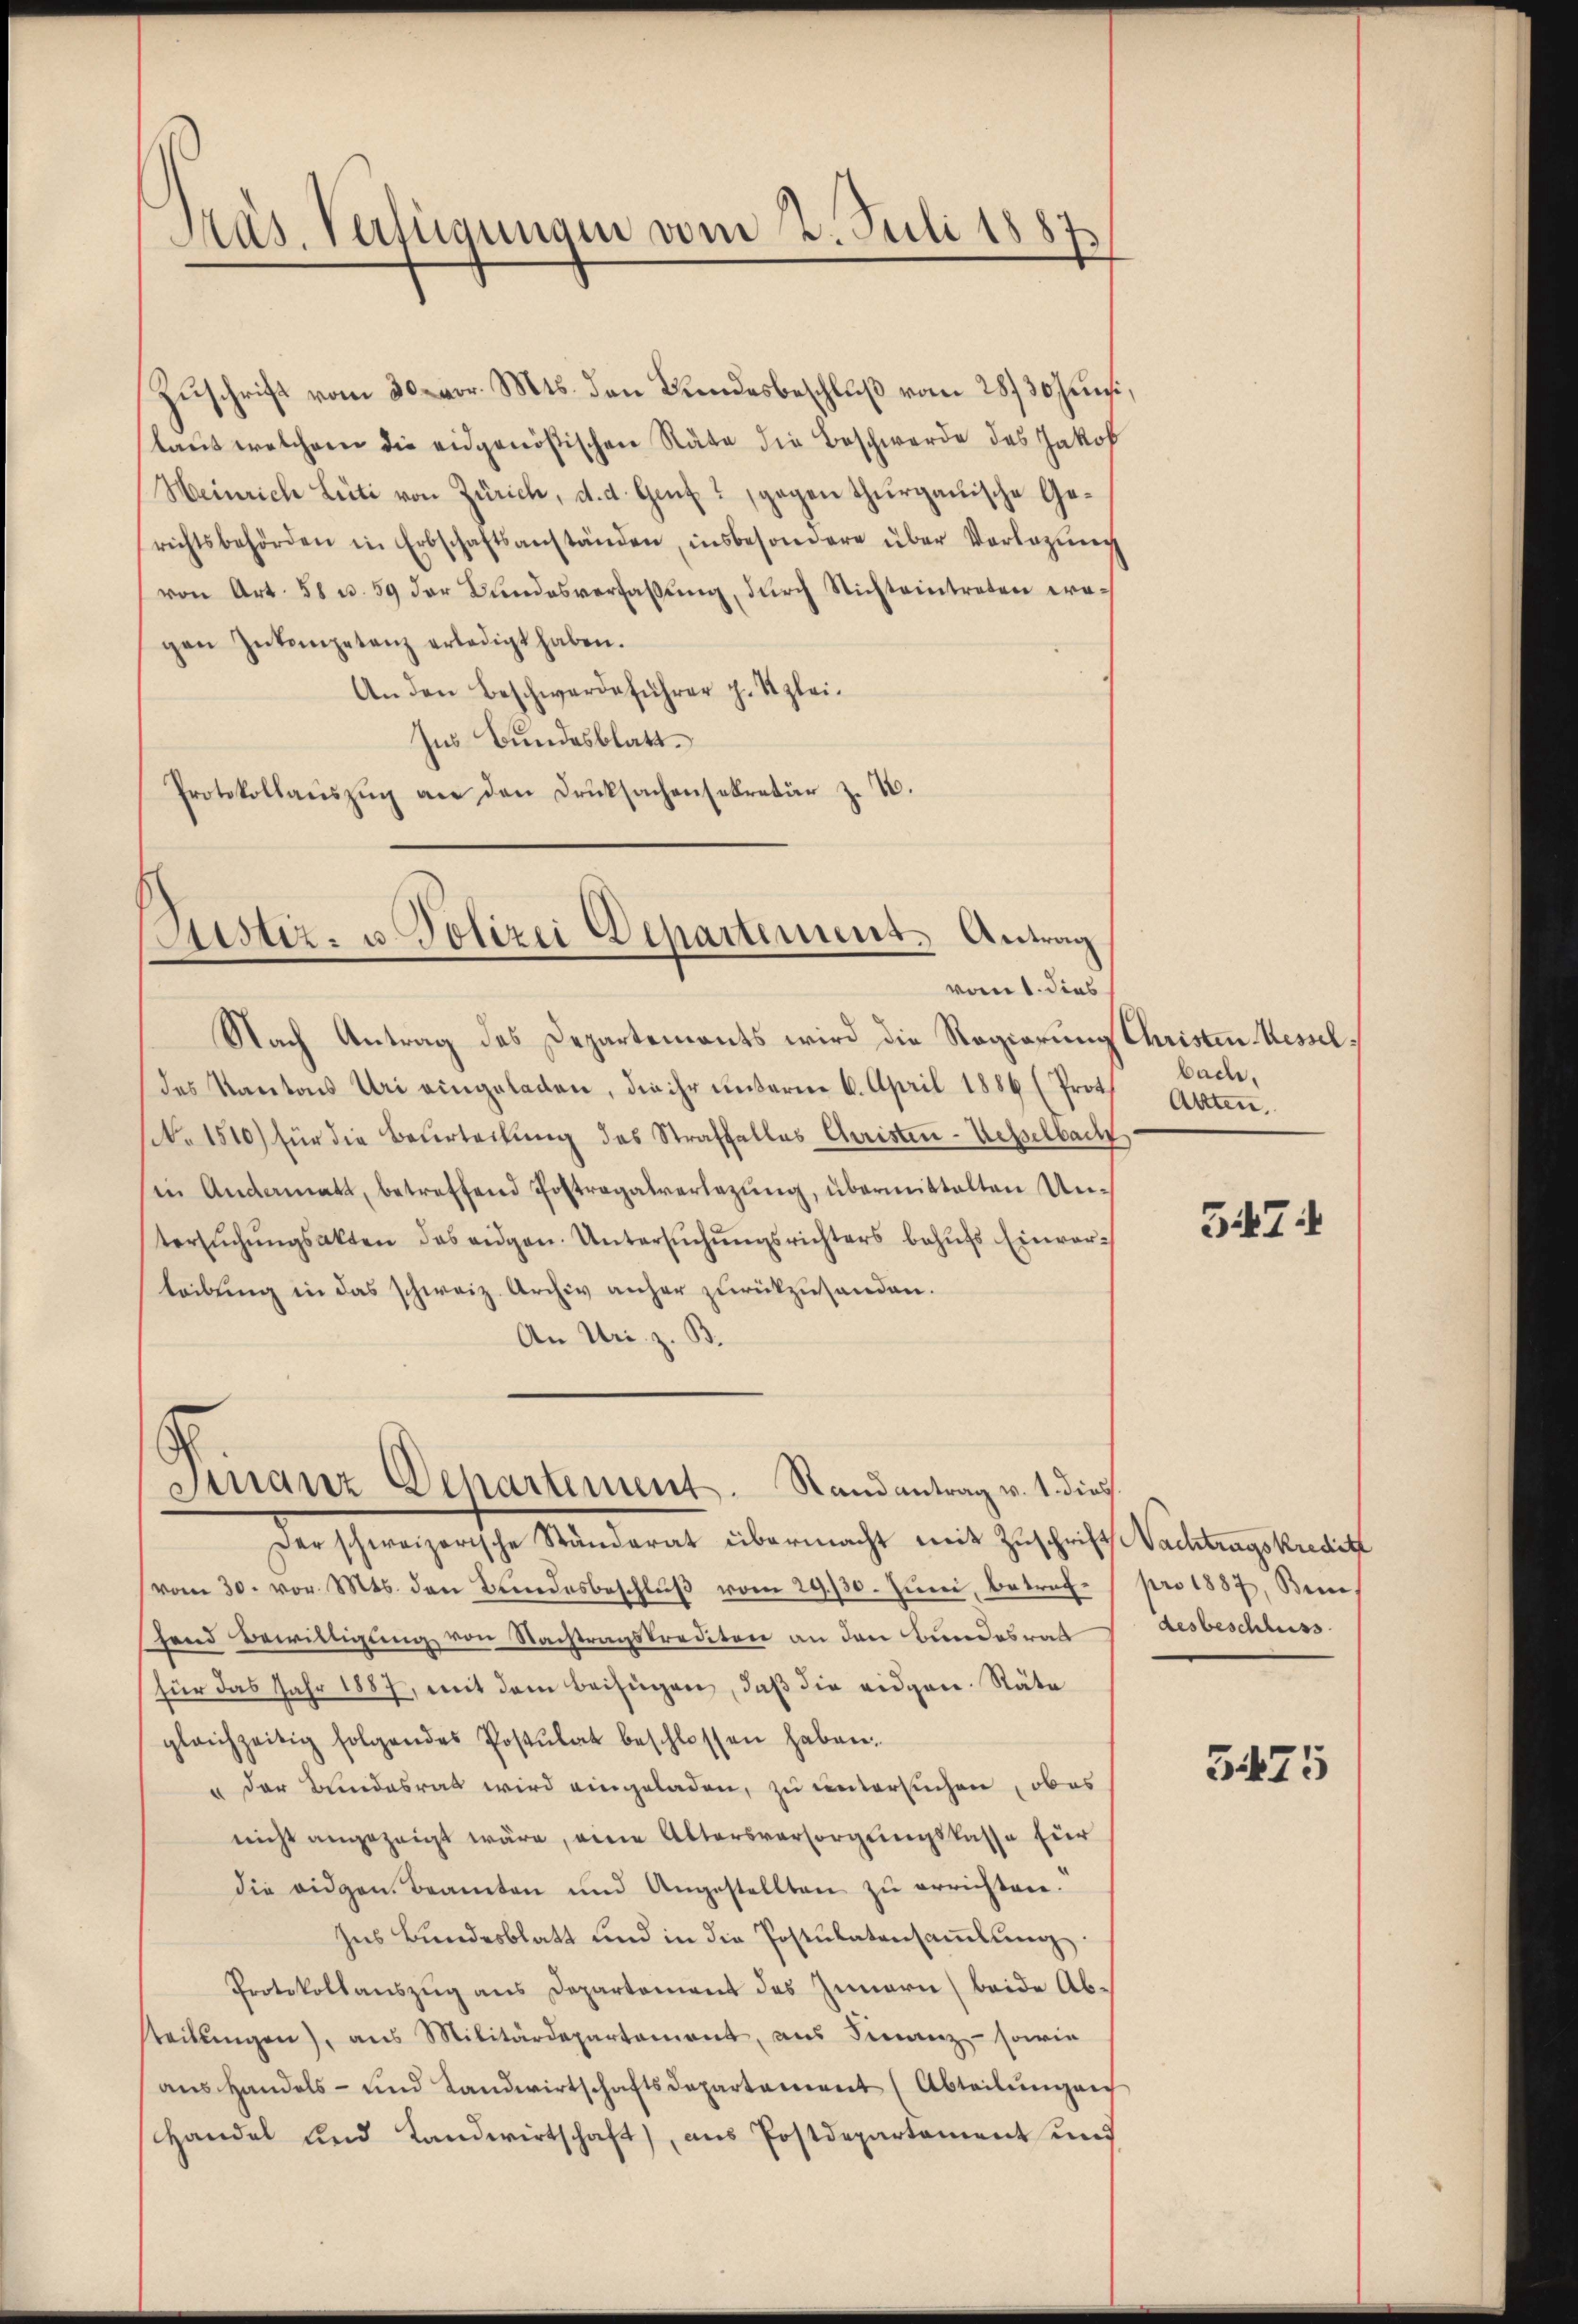
Zŭschrift vom 30. vor. Mts. den Bundesbeschlŭβ vom 28/30. Juni,
laut welcheren die eidgenößischen Räte die Beschwerde des Jakob
Heinrich Lüti von Zürich, d. d. Genf & gegen thurgauische Gerichtsbehörden in Erbschaftsanständen, insbesondere über Vorlegŭng
von Art. 58 u. 59 der Bundesverfassŭng, durch Nichteintreten wegen Intenpetanz erledigt haben.
An den Beschwerdeführer p. Szlei-
Ins Bundesblatt.
Protokollaŭszŭg an den Druksachensekretär z. Z.

Präs. Verfügungen vom 2. Juli 1887.

Justiz- u. Polizei Departemens. Antrag

Nach Antrag des Departements wird die Regierung Christen Messeldes Kantons Uri eingeladen, die ihr unterm 6. April 1886 (Prot
No 1510) für die Beurteilung des Straffalles Christen-Uesselbach
in Andermatt, betreffend Postragalverlegŭng, übermittalten Un-
tersŭchŭngsakten das eidgen. Untersŭchŭngsrichters behŭfs Einverleibung in das schweiz. Archiv anher zurückzuhanden.
An Uri z. B.

s
Furanz Departement. Randantrag v. 1. dies

vom 1. dies

Der schweizerische Ständerat übermacht mit Zuschrift Nachtragskreditz
vom 30. vor. Mts. den Bindesbeschlŭβ vom 29./30. Juni, betrefhend Bewilligung von Nachtragskrediten an den Bundesrat
für das Jahr 1887, mit dem Beifügen, daß die eidgen. Räte
gleichzeitig folgendes Postulat beschlossen haben.
" der Bundesrat wird eingeladen, zu untersuchen ober
nicht angezeigt wäre, eine Altersvorsorgungskasse für
die eidgen. Beamten und Angestellten zŭ errichten.
Ins Bundesblatt und in die Postulatensammlung.
Protokollauszug aus Departement des Innern (beide Abteilŭngen), aus Militärdepartement, aus Finanz- sowie
ans Handels- und Landwirtschaftsdepartement (Abteilŭngen
Handel und Landwirtschaft), aus Postdepartement und

bache,
Altten.

5474

pro 1887, Beis
Gesbeschluss

3475